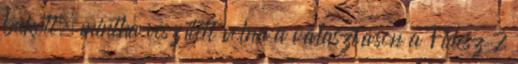
bukott, mintha veszített volna a választáson a Fidesz 7